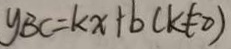
y B C = k x + b ( k \neq 0 )